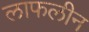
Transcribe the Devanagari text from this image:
लाफलीन